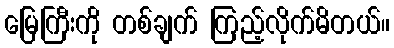
မြေကြီးကို တစ်ချက် ကြည့်လိုက်မိတယ်။